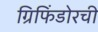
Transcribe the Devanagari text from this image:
ग्रिफिंडोरची